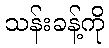
သန်းခန့်ကို